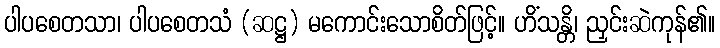
ပါပစေတသာ၊ ပါပစေတသံ (ဆဋ္ဌ) မကောင်းသောစိတ်ဖြင့်။ ဟိံသန္တိ၊ ညှင်းဆဲကုန်၏။